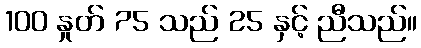
100 နှုတ် 75 သည် 25 နှင့် ညီသည်။